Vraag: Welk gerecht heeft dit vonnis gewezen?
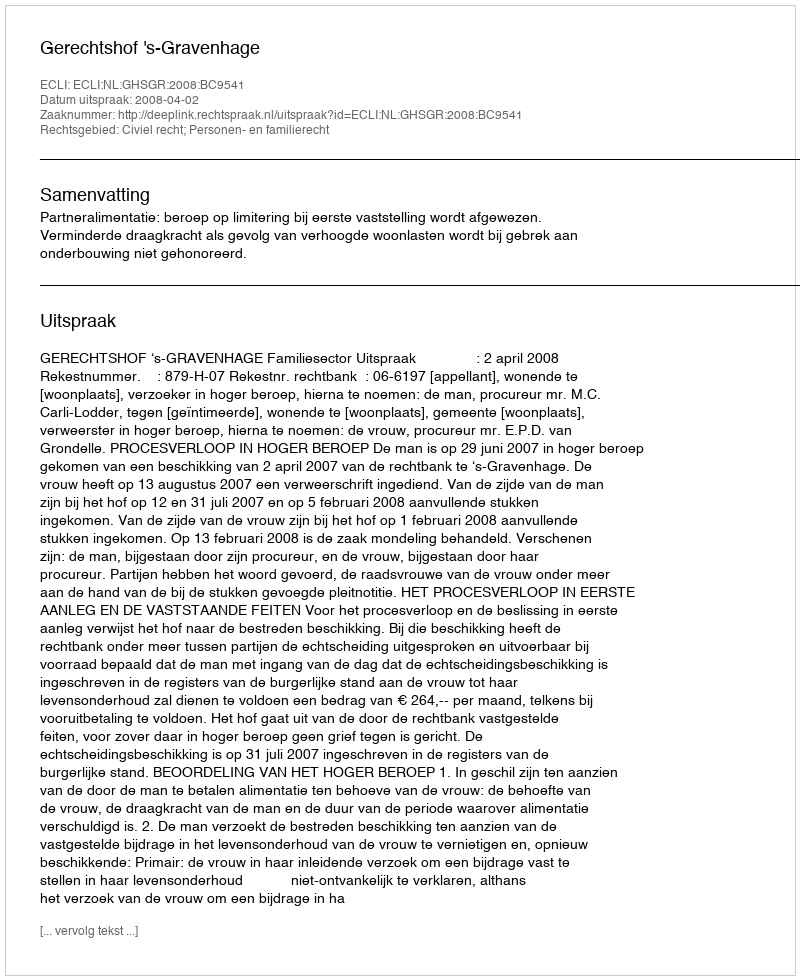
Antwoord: Gerechtshof 's-Gravenhage